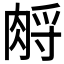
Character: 𦛷